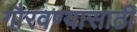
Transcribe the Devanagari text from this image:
गौरवण्यासाठी